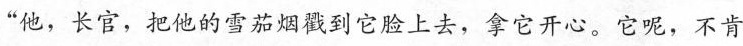
“他，长官，把他的雪茄烟戳到它脸上去，拿它开心。它呢，不肯